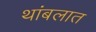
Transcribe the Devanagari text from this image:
थांबलात